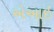
એઆઇ